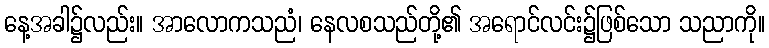
နေ့အခါ၌လည်း။ အာလောကသညံ၊ နေလစသည်တို့၏ အရောင်လင်း၌ဖြစ်သော သညာကို။